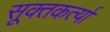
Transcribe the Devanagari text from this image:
सूक्तकर्त्या